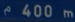
^2400~m